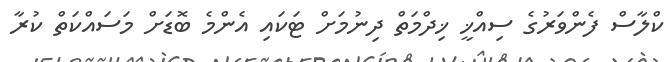
ކްލާސް ފެންވަރުގެ ސިއްޚީ ޚިދްމަތް ދިނުމަށް ޓަކައި އެންމެ ބޮޑަށް މަސައްކަތް ކުރާ